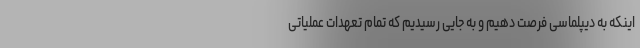
اینکه به دیپلماسی فرصت دهیم و به جایی رسیدیم که تمام تعهدات عملیاتی